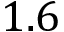
1 . 6